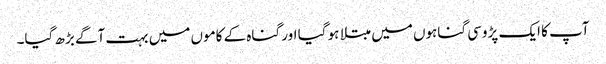
آپ کا ایک پڑوسی گناہوں میں مبتلا ہو گیا اور گناہ کے کاموں میں بہت آگے بڑھ گیا۔